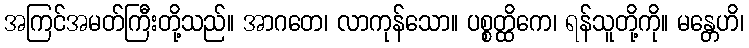
အကြင်အမတ်ကြီးတို့သည်။ အာဂတေ၊ လာကုန်သော။ ပစ္စတ္ထိကေ၊ ရန်သူတို့ကို။ မန္တေဟိ၊